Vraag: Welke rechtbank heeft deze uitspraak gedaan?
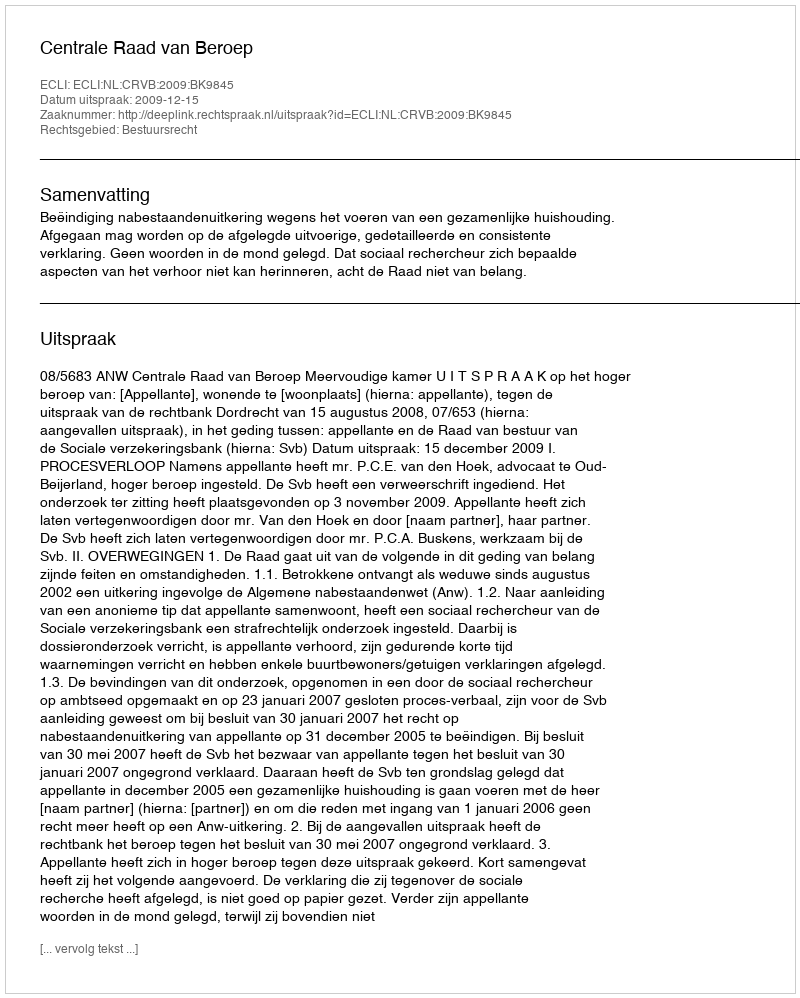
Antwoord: Centrale Raad van Beroep